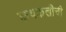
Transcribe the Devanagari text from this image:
कथकलीची